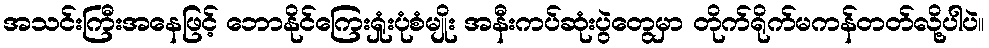
အသင်းကြီးအနေဖြင့် ဘောနိုင်ကြေးရှုံးပုံစံမျိုး အနီးကပ်ဆုံးပွဲတွေမှာ တိုက်ရိုက်မကန်တတ်လို့ပါပဲ။